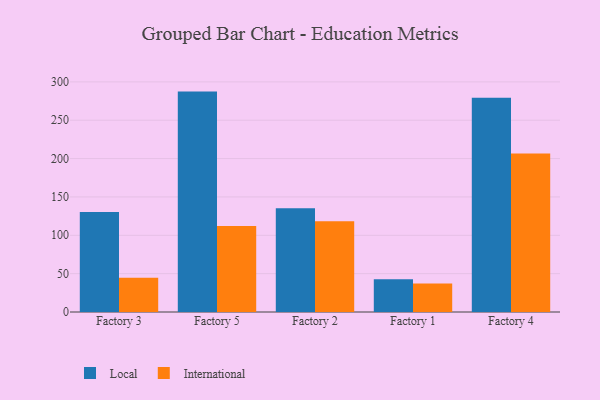
{"axis": {"x": "Factory", "y": "Revenue (USD Million)"}, "legend": ["International", "Local"], "data": [{"x": "Factory 3", "y": 130.4, "type": "Local"}, {"x": "Factory 3", "y": 44.6, "type": "International"}, {"x": "Factory 5", "y": 287.3, "type": "Local"}, {"x": "Factory 5", "y": 112.0, "type": "International"}, {"x": "Factory 2", "y": 135.2, "type": "Local"}, {"x": "Factory 2", "y": 118.3, "type": "International"}, {"x": "Factory 1", "y": 42.6, "type": "Local"}, {"x": "Factory 1", "y": 37.1, "type": "International"}, {"x": "Factory 4", "y": 279.2, "type": "Local"}, {"x": "Factory 4", "y": 206.5, "type": "International"}]}